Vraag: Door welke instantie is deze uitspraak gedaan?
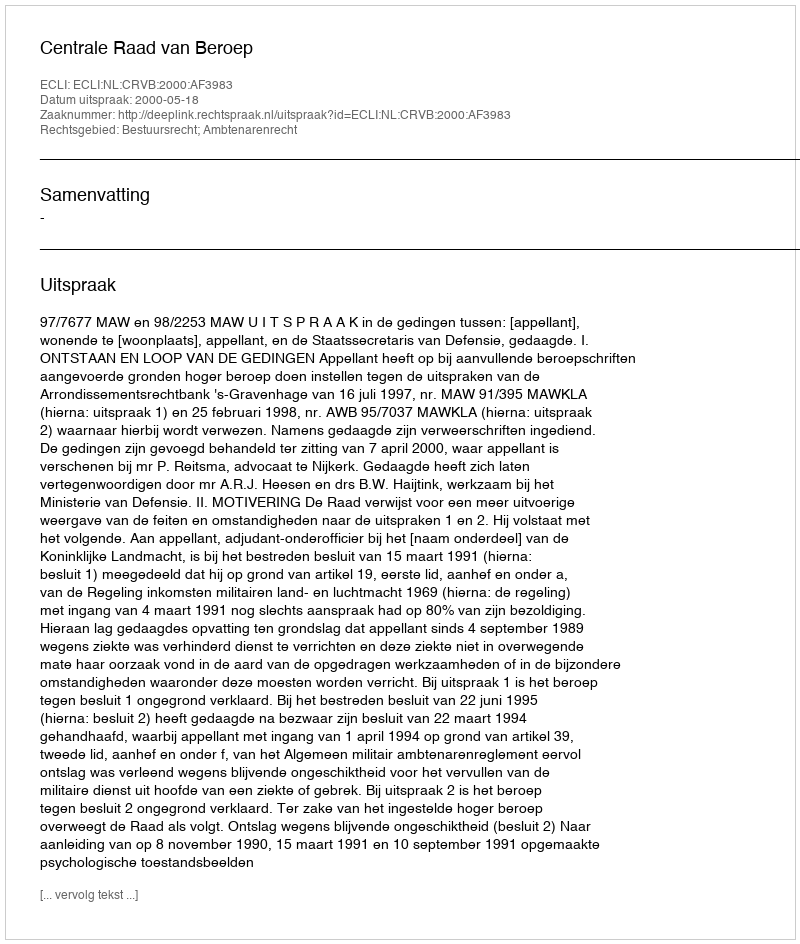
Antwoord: Centrale Raad van Beroep